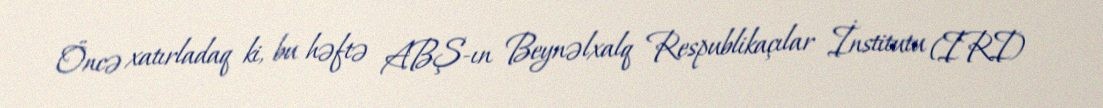
Öncə xatırladaq ki, bu həftə ABŞ-ın Beynəlxalq Respublikaçılar İnstitutu (IRI)